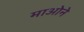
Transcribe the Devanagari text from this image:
माओने